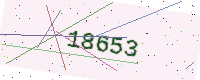
Text: 18653